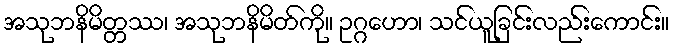
အသုဘနိမိတ္တဿ၊ အသုဘနိမိတ်ကို။ ဥဂ္ဂဟော၊ သင်ယူခြင်းလည်းကောင်း။